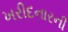
ખરીદનારની